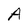
Character: A